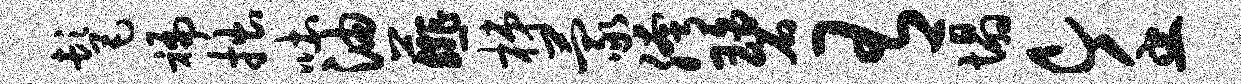
髦褊拙吐油薤梯蒙胯碧有塌c壬